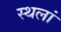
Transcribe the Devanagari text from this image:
स्थलां